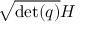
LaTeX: { \sqrt { \operatorname* { d e t } ( q ) } } H